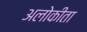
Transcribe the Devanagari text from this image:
अलोकीता